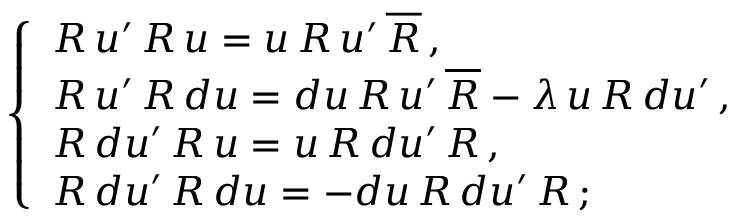
\; \; \; \; \; \left\{ \begin{array} { l } { { R \, u ^ { \prime } \, R \, u = u \, R \, u ^ { \prime } \, \overline { { { R } } } \, , } } \\ { { R \, u ^ { \prime } \, R \, d u = d u \, R \, u ^ { \prime } \, \overline { { { R } } } - \lambda \, u \, R \, d u ^ { \prime } \, , } } \\ { { R \, d u ^ { \prime } \, R \, u = u \, R \, d u ^ { \prime } \, R \, , } } \\ { { R \, d u ^ { \prime } \, R \, d u = - d u \, R \, d u ^ { \prime } \, R \, ; } } \end{array} \right.